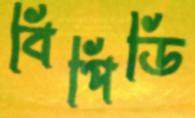
বিপিডি